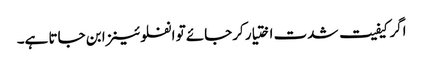
اگر کیفیت شدت اختیار کرجائے تو انفلوئینزا بن جاتا ہے۔